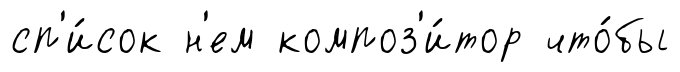
сп'и́сок н'ем композ'и́тор что́бы